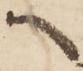
へ